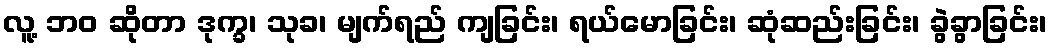
လူ့ ဘဝ ဆိုတာ ဒုက္ခ၊ သုခ၊ မျက်ရည် ကျခြင်း၊ ရယ်မောခြင်း၊ ဆုံဆည်းခြင်း၊ ခွဲခွာခြင်း၊